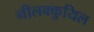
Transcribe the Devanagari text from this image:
नीलक्कुयिल